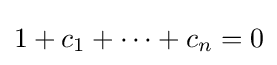
1+c_{1}+\cdots +c_{n}=0